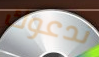
ندعوك